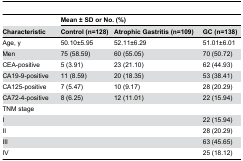
<table><thead><tr><td></td><td colspan="3"><b>Mean ± SD or No. (%)</b></td></tr><tr><td><b>Characteristic</b></td><td><b>Control (n=128)</b></td><td><b>Atrophic Gastritis (n=109)</b></td><td><b>GC (n=138)</b></td></tr></thead><tbody><tr><td>Age, y</td><td>50.10±5.95</td><td>52.11±6.29</td><td>51.01±6.01</td></tr><tr><td>Men</td><td>75 (58.59)</td><td>60 (55.05)</td><td>70 (50.72)</td></tr><tr><td>CEA-positive </td><td>5 (3.91)</td><td>23 (21.10)</td><td>62 (44.93)</td></tr><tr><td>CA19-9-positive </td><td>11 (8.59)</td><td>20 (18.35)</td><td>53 (38.41)</td></tr><tr><td>CA125-positive </td><td>7 (5.47)</td><td>10 (9.17)</td><td>28 (20.29)</td></tr><tr><td>CA72-4-positive </td><td>8 (6.25)</td><td>12 (11.01)</td><td>22 (15.94)</td></tr><tr><td>TNM stage</td><td></td><td></td><td></td></tr><tr><td>I</td><td></td><td></td><td>22 (15.94)</td></tr><tr><td>II</td><td></td><td></td><td>28 (20.29)</td></tr><tr><td>III</td><td></td><td></td><td>63 (45.65)</td></tr><tr><td>IV</td><td></td><td></td><td>25 (18.12)</td></tr></tbody></table>